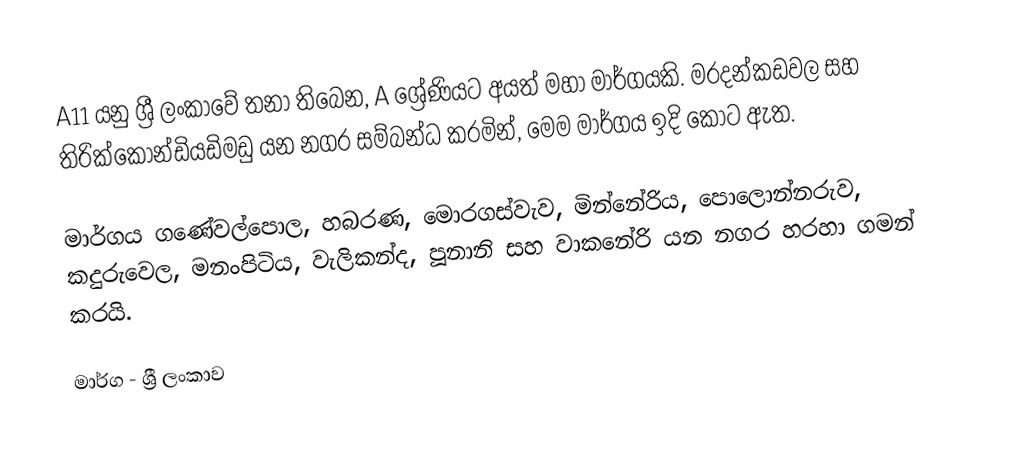
A11 යනු ශ්‍රී ලංකාවේ තනා තිබෙන, A ශ්‍රේණියට අයත් මහා මාර්ගයකි. මරදන්කඩවල සහ තිරික්කොන්ඩියඩිමඩු යන නගර සම්බන්ධ කරමින්, මෙම මාර්ගය ඉදි කොට ඇත.

මාර්ගය ගණේවල්පොල, හබරණ, මොරගස්වැව, මින්නේරිය, පොලොන්නරුව, කදුරුවෙල, මනංපිටිය, වැලිකන්ද, පූනානි සහ වාකනේරි යන නගර හරහා ගමන් කරයි.

මාර්ග - ශ්‍රී ලංකාව